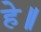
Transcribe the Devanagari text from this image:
हे॥